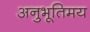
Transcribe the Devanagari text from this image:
अनुभूतिमय